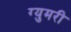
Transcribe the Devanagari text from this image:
ग्युमरी